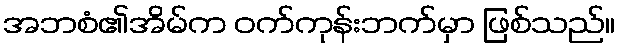
အဘစံ၏အိမ်က ဝက်ကုန်းဘက်မှာ ဖြစ်သည်။